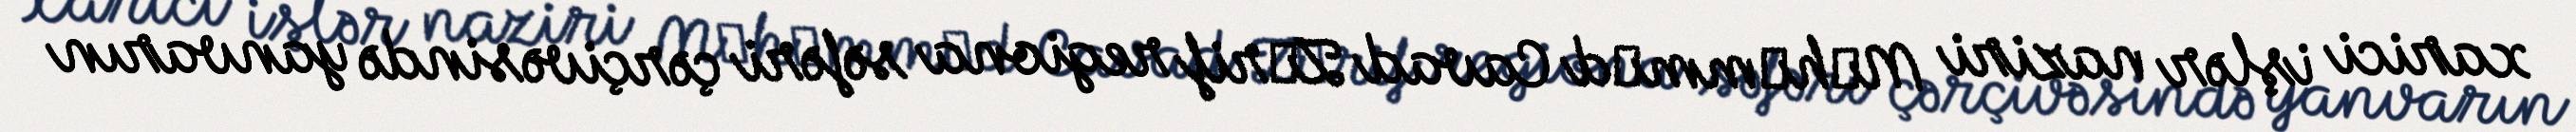
xarici işlər naziri Mәhәmmәd Cavad Zәrif regiona səfəri çərçivəsində yanvarın